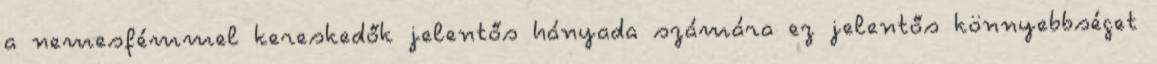
a nemesfémmel kereskedők jelentős hányada számára ez jelentős könnyebbséget